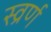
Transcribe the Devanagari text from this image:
स्व्रर्ण